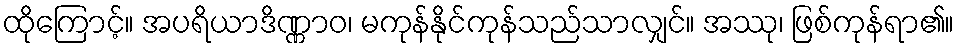
ထိုကြောင့်။ အပရိယာဒိဏ္ဏာဝ၊ မကုန်နိုင်ကုန်သည်သာလျှင်။ အဿု၊ ဖြစ်ကုန်ရာ၏။